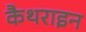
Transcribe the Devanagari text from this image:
कैथराइन